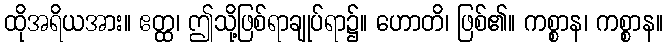
ထိုအရိယအား။ ဧတ္ထ၊ ဤသို့ဖြစ်ရာချုပ်ရာ၌။ ဟောတိ၊ ဖြစ်၏။ ကစ္စာန၊ ကစ္စာန။